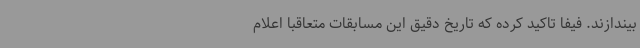
بیندازند. فیفا تاکید کرده که تاریخ دقیق این مسابقات متعاقبا اعلام